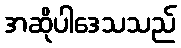
အဆိုပါဒေသသည်